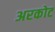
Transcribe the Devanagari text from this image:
अरकोट